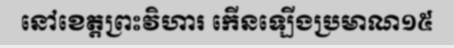
នៅខេត្តព្រះវិហារ កើនឡើងប្រមាណ១៥